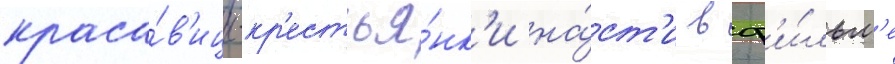
краса́в'ицы-кр'естья́нк'и на́ст'и в ф'и́льм'е